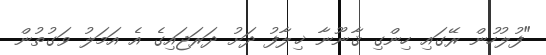
"ފުލުހުން ރޭގައި ހިންގި ޤާނޫނާ ޚިލާފު ދަށު ދަރަޖައިގެ އެ އަމަލު ވަގުތުން